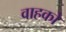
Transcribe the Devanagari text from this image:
वाहको